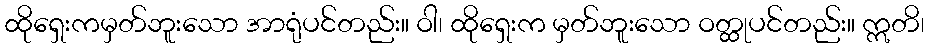
ထိုရှေးကမှတ်ဘူးသော အာရုံပင်တည်း။ ဝါ၊ ထိုရှေးက မှတ်ဘူးသော ဝတ္ထုပင်တည်း။ ဣတိ၊